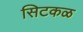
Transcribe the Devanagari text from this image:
सिटकळ